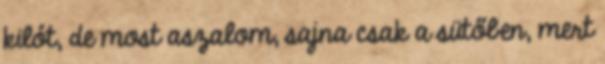
kilót, de most aszalom, sajna csak a sütőben, mert